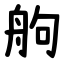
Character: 䑦